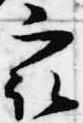
最